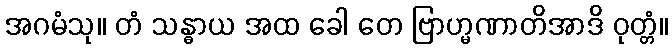
အဂမံသု။ တံ သန္ဓာယ အထ ခေါ တေ ဗြာဟ္မဏာတိအာဒိ ဝုတ္တံ။